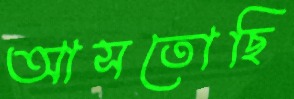
আসতোছি